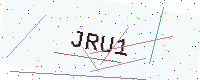
Text: JRU1